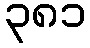
၃၈၁